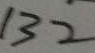
1 3 2